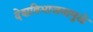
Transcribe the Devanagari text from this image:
देशविभाजनामुळे